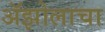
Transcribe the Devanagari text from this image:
ॲझोलाचा